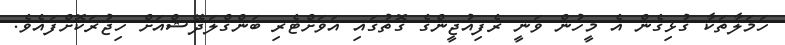
ހަމަލާތަކާ ގުޅިގެން އެ މީހުން ވަނީ ރެފިއުޖީންގެ ގޮތުގައި އަވަށްޓެރި ބަންގްލަދޭޝްއަށް ހިޖުރަކޮށްފައެވެ.